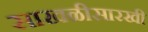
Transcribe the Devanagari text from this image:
साखळीसारखी